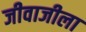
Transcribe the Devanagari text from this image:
जीवाजीला